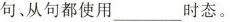
句、从句都使用时___态。